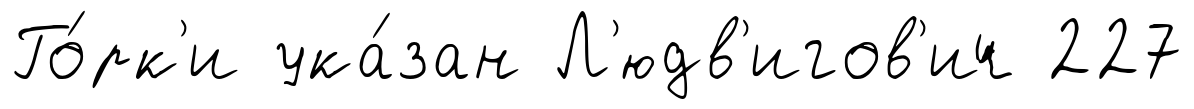
Го́рк'и ука́зан Л'юдв'игов'ич 227